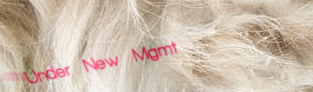
Under New Mgmt